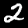
Label: 2